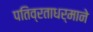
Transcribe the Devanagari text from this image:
पतिव्रताधर्माने